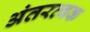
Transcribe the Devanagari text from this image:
अंतरत्‍वक